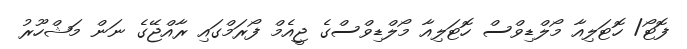
ފޮޓޯ/ ހޮޓަލިއާ މޯލްޑިވްސް ހޮޓަލިއާ މޯލްޑިވްސްގެ ޖީއެމް ފޯރަމްގައި ރާއްޖޭގެ ނަން މަޝްހޫރު